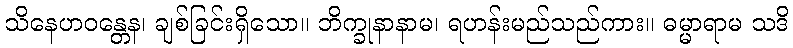
သိနေဟဝန္တေန၊ ချစ်ခြင်းရှိသော။ ဘိက္ခုနာနာမ၊ ရဟန်းမည်သည်ကား။ ဓမ္မာရာမ သဒိ